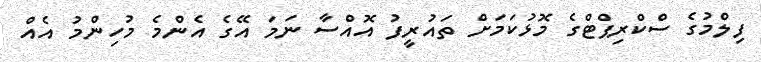
ފިލްމުގެ ސްކްރިޕްޓްގެ މޮޅުކަމަށް ތައުރީފު އޮއްސާ ނަމަ އޭގެ އެންމެ މުހިންމު އެއް